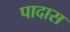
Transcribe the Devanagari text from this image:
पादास